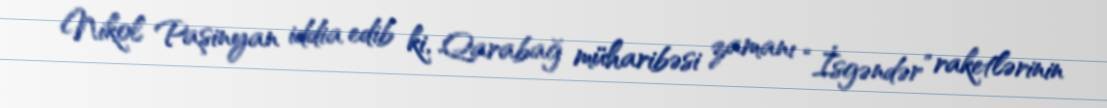
Nikol Paşinyan iddia edib ki, Qarabağ müharibəsi zamanı “İsgəndər” raketlərinin